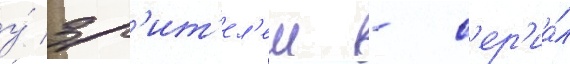
у́ зр'ит'ел'еи - с'ер'иа́л